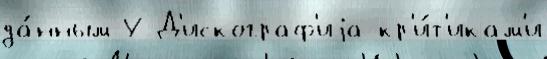
да́нным У Д'искограф'иjа кр'и́т'икам'и